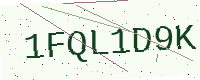
Text: 1FQL1D9K